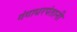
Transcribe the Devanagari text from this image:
गंगाधरपंतानी